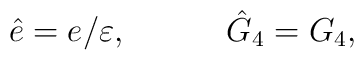
\hat{e}=e/\varepsilon,\ \ \ \ \ \ \ \ \ \hat{G}_4=G_4,